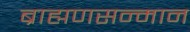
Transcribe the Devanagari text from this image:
ब्राह्मणसन्मान